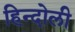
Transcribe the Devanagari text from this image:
हिन्दोली